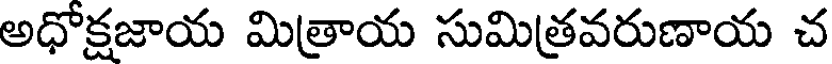
అధోక్షజాయ మిత్రాయ సుమిత్రవరుణాయ చ